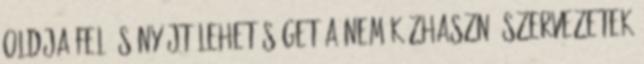
oldja fel és nyújt lehetőséget a nem közhasznú szervezetek